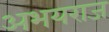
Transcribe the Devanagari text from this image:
अभयराज